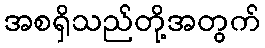
အစရှိသည်တို့အတွက်